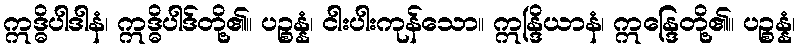
ဣဒ္ဓိပါဒါနံ၊ ဣဒ္ဓိပါဒ်တို့၏။ ပဉ္စန္နံ၊ ငါးပါးကုန်သော။ ဣန္ဒြိယာနံ၊ ဣန္ဒြေတို့၏။ ပဉ္စန္နံ၊